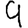
Digit: 9